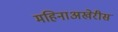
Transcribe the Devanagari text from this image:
महिनाअखेरीस